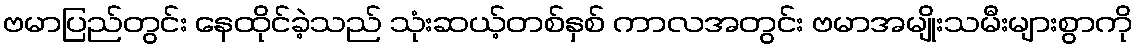
ဗမာပြည်တွင်း နေထိုင်ခဲ့သည် သုံးဆယ့်တစ်နှစ် ကာလအတွင်း ဗမာအမျိုးသမီးများစွာကို